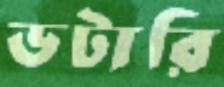
ডটারি